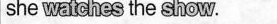
she watches the ahow.